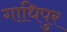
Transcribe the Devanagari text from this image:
गाधिपुर